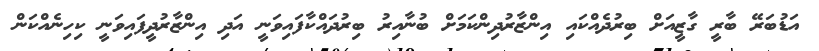
އަޑުބަރޭ ބާރީ ގާޒީއަށް ބިރުދެއްކައި އިންޒާރުދިންކަމަށް ބުނާއިރު ބިރުދައްކާފައިވަނީ އަދި އިންޒާރުދީފައިވަނީ ކިހިނެއްކަން